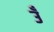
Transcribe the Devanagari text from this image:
उँ